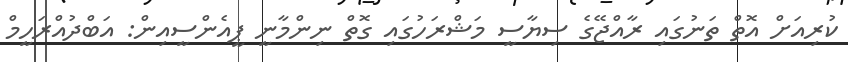
ކުރިއަށް އޮތް ތަނުގައި ރާއްޖޭގެ ސިޔާސީ މަޝްރަހުގައި ގޮތް ނިންމާނީ ޕީއެންސީއިން: އަބްދުއްރަހީމް